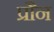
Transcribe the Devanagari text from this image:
प्रौन